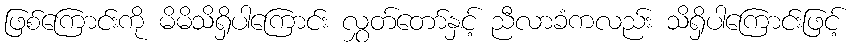
ဖြစ်ကြောင်းကို မိမိသိရှိပါကြောင်း လွှတ်တော်နှင့် ညီလာခံကလည်း သိရှိပါကြောင်းဖြင့်